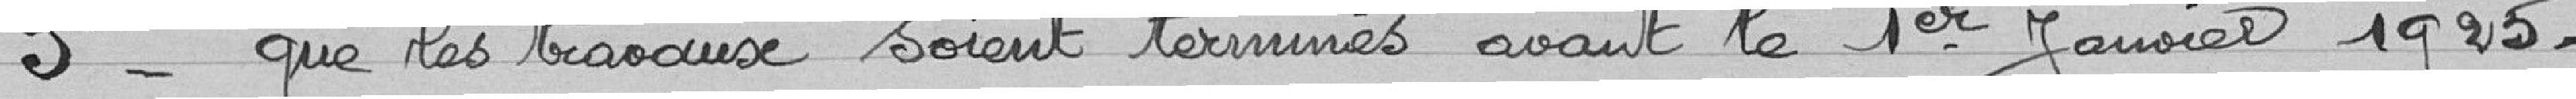
3° - que les travaux soient terminés avant le 1er janvier 1925.